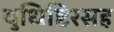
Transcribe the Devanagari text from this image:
युधिष्ठिरसह